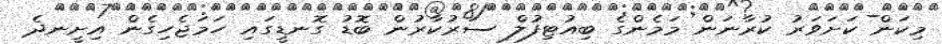
މިކަން ކަށަވަރު ކުރާނަން މަމެންގެ ބިއުޓިފުލް ސަރުކާރުން ބޮޑު ގޮނޑީގައި ހަމަޖެހިގެން އިށީނދެ